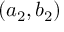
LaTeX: ( a _ { 2 } , b _ { 2 } )